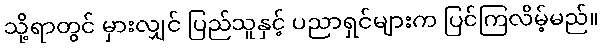
သို့ရာတွင် မှားလျှင် ပြည်သူနှင့် ပညာရှင်များက ပြင်ကြလိမ့်မည်။